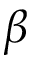
\beta